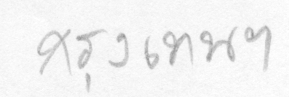
กรุงเทพฯ